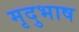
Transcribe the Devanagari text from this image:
मृदुभाष